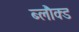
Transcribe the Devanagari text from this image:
ब्लौक्ड